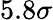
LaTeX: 5.8\sigma